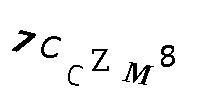
7CCZM8